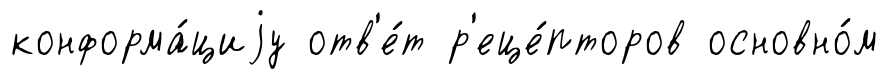
конформа́циjу отв'е́т р'еце́пторов основно́м